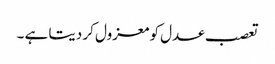
تعصب عدل کو معزول کر دیتا ہے ۔